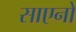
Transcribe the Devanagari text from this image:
साएनो